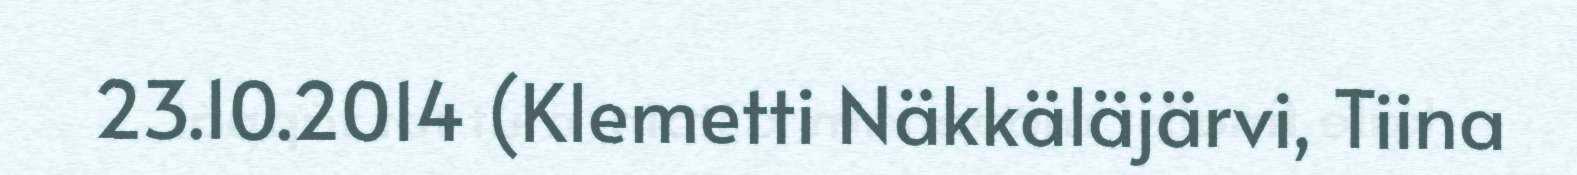
23.10.2014 (Klemetti Näkkäläjärvi, Tiina